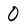
Character: O